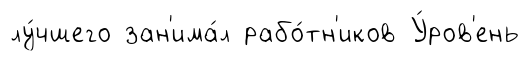
лу́чшего зан'има́л рабо́тн'иков У́ров'ень